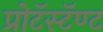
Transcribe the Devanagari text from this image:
प्रोटॅस्टॅण्ट